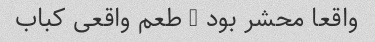
واقعا محشر بود … طعم واقعی کباب